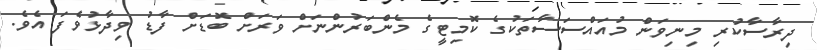
ދިރާސާކުރި މިނިވަން މުއައްސަސާތަކުގެ ކޮމިޓީގެ މެންބަރުންނަށް ވަރަށް ބޮޑަށް ފާޑު ވިދާޅުވެފަ އެވެ.